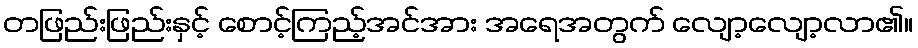
တဖြည်းဖြည်းနှင့် စောင့်ကြည့်အင်အား အရေအတွက် လျော့လျော့လာ၏။